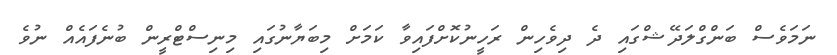
ނަމަވެސް ބަންގްލަދޭޝްގައި ދެ ދިވެހިން ރަހީނުކޮށްފައިވާ ކަމަށް މިބަޔާނުގައި މިނިސްޓްރީން ބުނެފައެއް ނުވެ